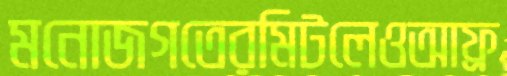
মনোজগতেরমিটলেওআফ্র